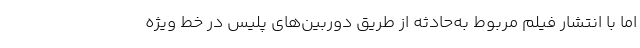
اما با انتشار فیلم مربوط به‌حادثه از طریق دوربین‌های پلیس در خط ویژه